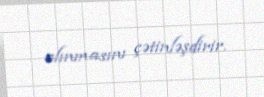
alınmasını çətinləşdirir.